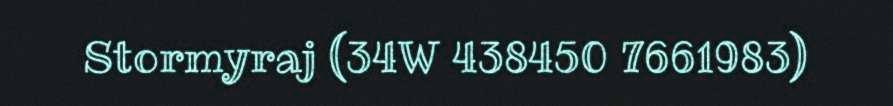
Stormyraj (34W 438450 7661983)